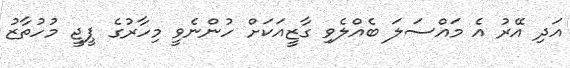
އަދި އޭރު އެ މައްސަލަ ބެއްލެވި ގާޒީއަކަށް ހުންނެވީ މިހާރުގެ ޕީޖީ މުހުތާޒު